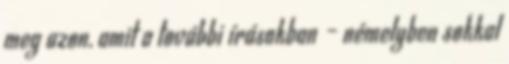
meg azon, amit a további írásokban – némelyben sokkal